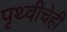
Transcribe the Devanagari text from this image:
पृथ्वीचेही